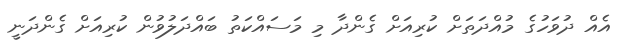
އެއް ދުވަހުގެ މުއްދަތަށް ކުރިއަށް ގެންދާ މި މަސައްކަތު ބައްދަލުވުން ކުރިއަށް ގެންދަނީ